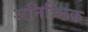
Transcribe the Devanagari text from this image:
अनिच्छिक